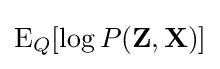
\operatorname {E} _{Q}[\log P(\mathbf {Z} ,\mathbf {X} )]